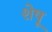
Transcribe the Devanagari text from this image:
शेषू